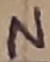
Text: N